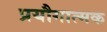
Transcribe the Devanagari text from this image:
प्रयौगात्मक